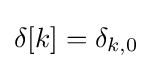
{\textstyle \delta [k]=\delta _{k,0}}